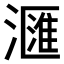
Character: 𣿬